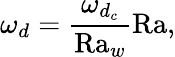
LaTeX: \omega_{d}=\frac{\omega_{d_{c}}}{\textrm{Ra}_{w}}\textrm{Ra},